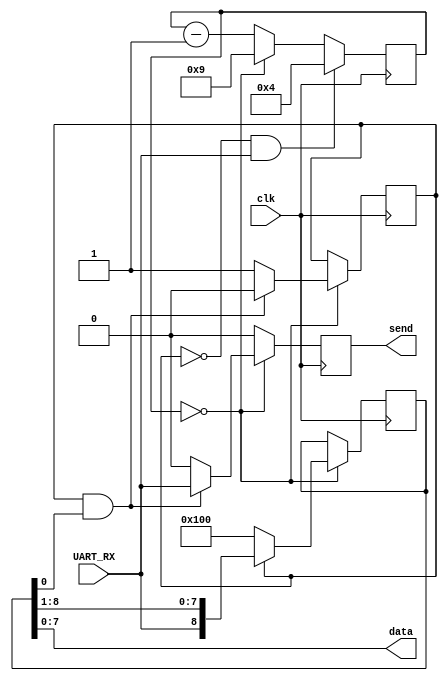
module Rs232Rx(input clk, input UART_RX, output [7:0] data, output send);
  reg [8:0] recvbuf;
  reg [5:0] timeout = 10/2 - 1;
  reg recving;
  reg data_valid = 0;
  assign data = recvbuf[7:0];
  assign send = data_valid;
  always @(posedge clk) begin
    data_valid <= 0;
    timeout <= timeout - 6'd1;
    if (timeout == 0) begin
      timeout <= 10 - 1;
      recvbuf <= (recving ? {UART_RX, recvbuf[8:1]} : 9'b100000000);
      recving <= 1;
      if (recving && recvbuf[0]) begin
        recving <= 0;
        data_valid <= UART_RX;
      end
    end
    if (!recving && UART_RX)
      timeout <= 10/2 - 1;
  end
endmodule